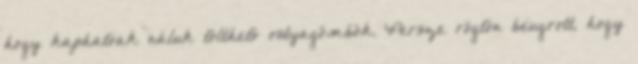
hogy kaphatóak náluk tölthető ostyagömbök. Persze rögtön beugrott, hogy